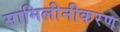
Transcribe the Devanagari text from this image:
सामिलीनीकरण